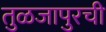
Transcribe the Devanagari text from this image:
तुळजापुरची